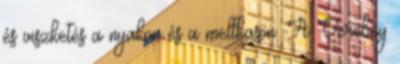
és viszketés a nyakon és a mellkason. A Verebey